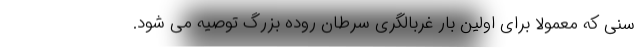
سنی که معمولاً برای اولین بار غربالگری سرطان روده بزرگ توصیه می شود.